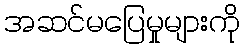
အဆင်မပြေမှုများကို